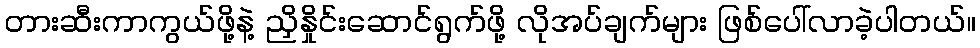
တားဆီးကာကွယ်ဖို့နဲ့ ညှိနှိုင်းဆောင်ရွက်ဖို့ လိုအပ်ချက်များ ဖြစ်ပေါ်လာခဲ့ပါတယ်။